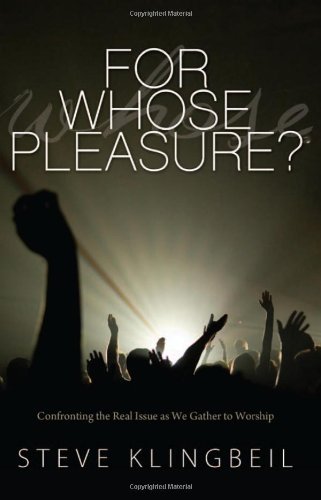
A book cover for For Whose Pleasure: Confronting the Real Issue as We Gather to Worship; Steve Klingbeil; Christian Books & Bibles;